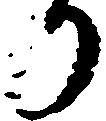
り